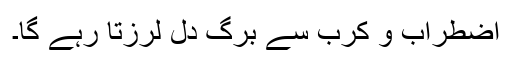
اضطراب و کرب سے برگِ دل لرزتا رہے گا۔